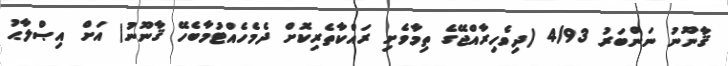
ޤާނޫނު ނަންބަރު 4/93 (ދިވެހިރާއްޖޭގެ ތިމާވެށި ރައްކާތެރިކޮށް ދެމެހެއްޓުމާބެހޭ ޤާނޫނު) އަށް އިޞްލާޙު